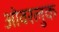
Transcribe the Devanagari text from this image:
ओवरलुक